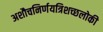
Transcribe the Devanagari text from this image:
अशौचनिर्णयत्रिशच्छलोकी